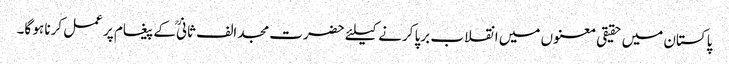
پاکستان میں حقیقی معنوں میں انقلاب برپا کرنے کیلئے حضرت مجد الف ثانیؒ کے پیغام پر عمل کرنا ہو گا۔